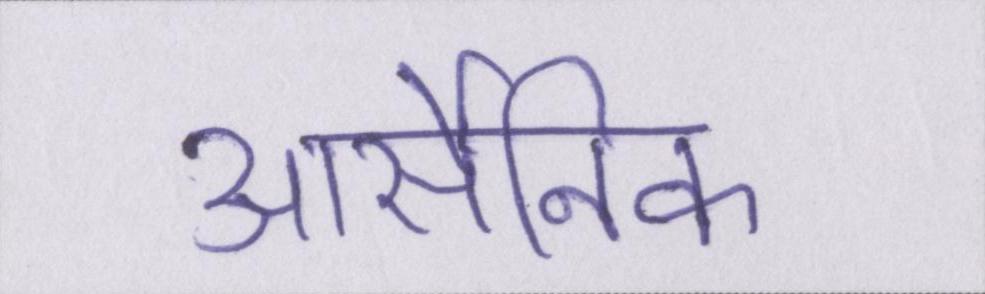
आर्सेनिक